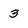
Character: 3